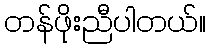
တန်ဖိုးညီပါတယ်။